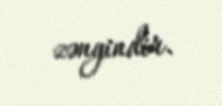
zəngindir.